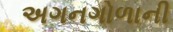
અગનગોળાની